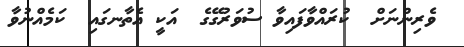
ވެރިންނަށް  ކުރައްވާފައިވާ ސުވަރުގޭގެ  އަކީ އެތާނގައި  ކަމެއްނުވާ